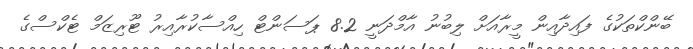
ބޭންކްތަކުގެ ފައިދާއިން މީރާއަށް ލިބުނު އާމްދަނީ 8.2 ޕަސަންޓް ހިއްސާކުރާއިރު ޓޫރިޒަމް ޓެކްސްގެ